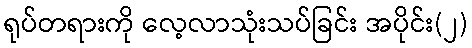
ရုပ်တရားကို လေ့လာသုံးသပ်ခြင်း အပိုင်း(၂)